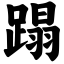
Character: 蹋